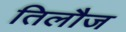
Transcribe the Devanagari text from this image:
तिलौज